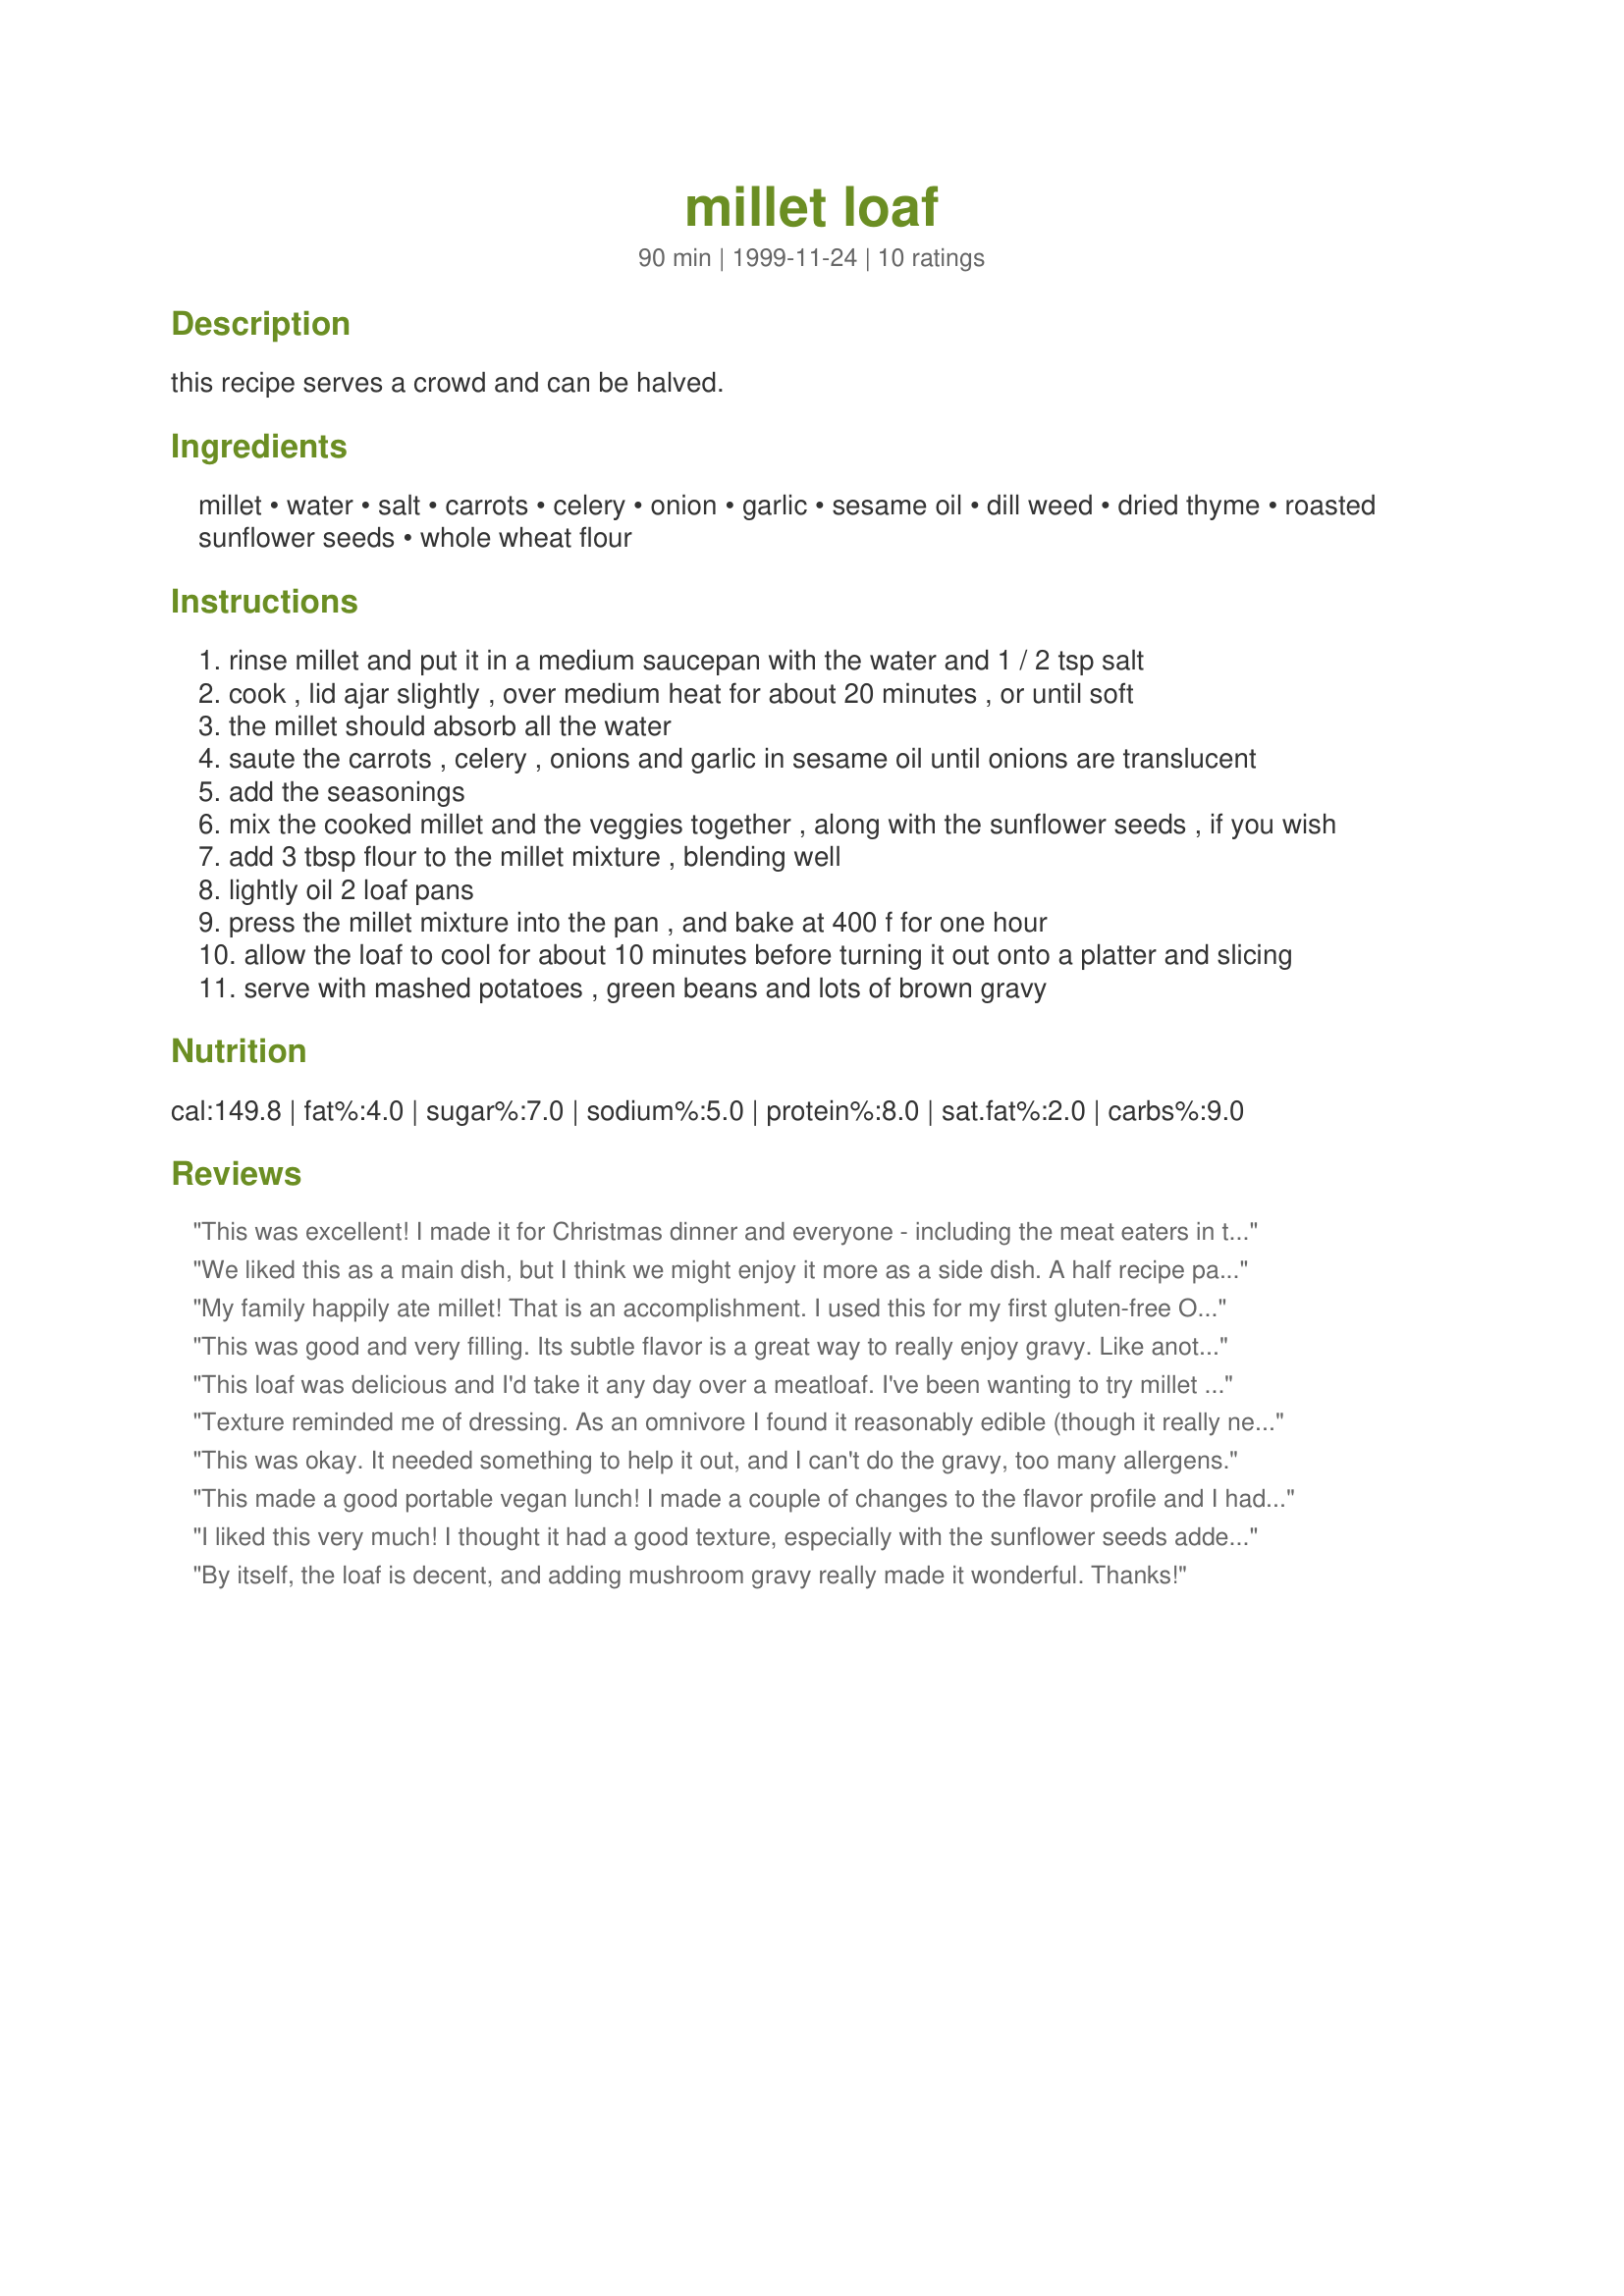
millet loaf
Preparation time: 90 minutes

this recipe serves a crowd and can be halved.

Ingredients:
millet, water, salt, carrots, celery, onion, garlic, sesame oil, dill weed, dried thyme, roasted sunflower seeds, whole wheat flour

Steps:
rinse millet and put it in a medium saucepan with the water and 1 / 2 tsp salt
cook , lid ajar slightly , over medium heat for about 20 minutes , or until soft
the millet should absorb all the water
saute the carrots , celery , onions and garlic in sesame oil until onions are translucent
add the seasonings
mix the cooked millet and the veggies together , along with the sunflower seeds , if you wish
add 3 tbsp flour to the millet mixture , blending well
lightly oil 2 loaf pans
press the millet mixture into the pan , and bake at 400 f for one hour
allow the loaf to cool for about 10 minutes before turning it out onto a platter and slicing
serve with mashed potatoes , green beans and lots of brown gravy

Reviews:
This was excellent! I made it for Christmas dinner and everyone - including the meat eaters in the family - liked it! I added some finely chopped mushrooms and sage to the recipe but other than that, I followed it exactly. It cuts really nice as well - just let it sit for a few minutes!
We liked this as a main dish, but I think we might enjoy it more as a side dish. A half recipe packed in nicely to form one full loaf, feeding two people for a meal. We aren't really into gravy, but I would suggest having some kind of sauce with it (I had Goddess dressing and lemon with mine, DH had melted jack cheese and BBQ sauce with his). This was our first time trying millet, and we really liked it, it was a lot like couscous. Thanks for sharing this healthy recipe!
My family happily ate millet! That is an accomplishment. I used this for my first gluten-free OAMC cooking attempt and it worked great. I moved it from freezer to refrig. about 10 hours before cooking.
This was good and very filling. Its subtle flavor is a great way to really enjoy gravy. Like another reviewer, we added mushrooms, and they worked very well here. We used our leftover millet loaf in place of bread in a savoury bread pudding, which worked great!
This loaf was delicious and I'd take it any day over a meatloaf. I've been wanting to try millet for a while since it's 16-22% protein! I tried it with gravy as suggested the first time and then in Recipe#273044. I wish I had made two loaves instead of a half recipe because slices would be good to take for lunch - this really is a meal in itself. For me, this came out shaped like a meatloaf, not only half an inch high as another reviewer experienced. Made with yellow millet for "A Taste of Yellow for Livestrong Day".
Texture reminded me of dressing. As an omnivore I found it reasonably edible (though it really needs the gravy). The only real changes I made was I added a roasted sunflower and pumpkin seed mix I had on hand (which added a nice chewiness) and I used gravy recipe 226004 because it used ingredients I had on hand.
This was okay. It needed something to help it out, and I can't do the gravy, too many allergens.
This made a good portable vegan lunch! I made a couple of changes to the flavor profile and I had a couple of problems with proportions, but I'll know next time. I halved the recipe for a single loaf and added 1 cup of cooked-to-mush lentils, cooking everything in chickenless broth for a richer flavor. If I hadn't added the lentils, the loaf would only have been 1 1/2 inches high in an 8-inch loaf pan. Though I drained and drained it, the mixture was very wet going into the pan and it took about 2 hours of baking for it to set. But now that I know how it works, I'll make it again -- there aren't many healthy vegan portable make-ahead recipes in my repertoire!
I liked this very much! I thought it had a good texture, especially with the sunflower seeds added. This is one of the better veggie loaves I've made. Next time I make this, I will probably add more spice and salt. Also, I added a sprinkling of nutritional yeast to one of the loaves, and I enjoyed the extra flavor this gave it. Thanks for posting this recipe...it's going to make a nice packed lunch!
By itself, the loaf is decent, and adding mushroom gravy really made it wonderful. Thanks!
